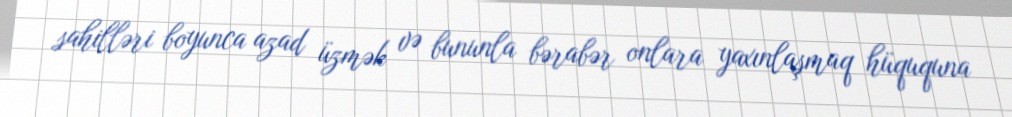
sahilləri boyunca azad üzmək və bununla bərabər onlara yaxınlaşmaq hüququna